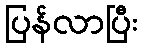
ပြန်လာပြီး